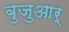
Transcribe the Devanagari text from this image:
बुजुआर्